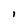
Character: 1